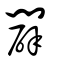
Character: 闢